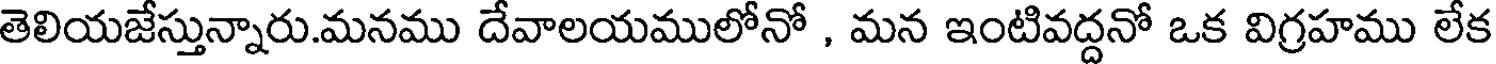
తెలియజేస్తున్నారు.మనము దేవాలయములోనో , మన ఇంటివద్దనో ఒక విగ్రహము లేక